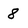
Character: 8